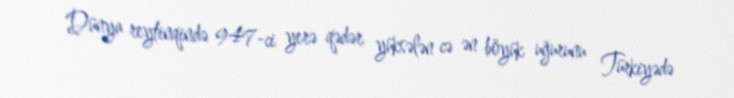
Dünya reytinqində 947-ci yerə qədər yüksələn cə ən böyük uğurunu Türkiyədə